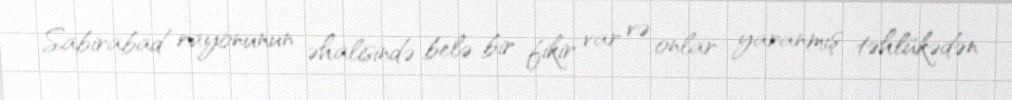
Sabirabad rayonunun əhalisində belə bir fikir var və onlar yaranmış təhlükədən